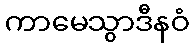
ကာမေသွာဒီနဝံ